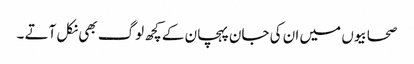
صحابیوں میں ان کی جان پہچان کے کچھ لوگ بھی نکل آتے ۔